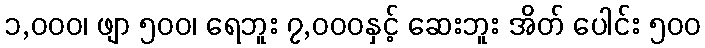
၁,၀၀၀၊ ဖျာ ၅၀၀၊ ရေဘူး ၇,၀၀၀နှင့် ဆေးဘူး အိတ် ပေါင်း ၅၀၀